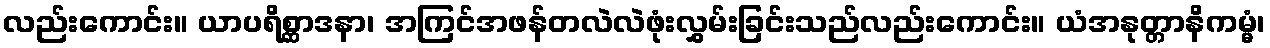
လည်းကောင်း။ ယာပရိစ္ဆာဒနာ၊ အကြင်အဖန်တလဲလဲဖုံးလွှမ်းခြင်းသည်လည်းကောင်း။ ယံအနုတ္တာနိကမ္မံ၊